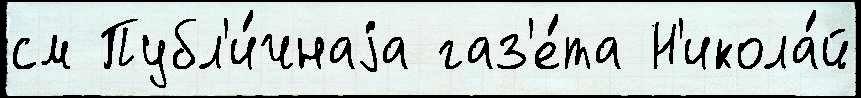
см Публ'и́чнаjа газ'е́та Н'икола́й